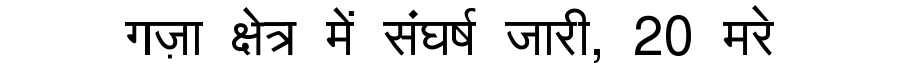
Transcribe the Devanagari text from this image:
गज़ा क्षेत्र में संघर्ष जारी, 20 मरे